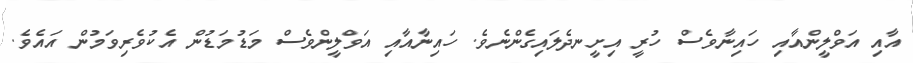
އާއި އަވްލީންއާއި ހައިނާވެސް ހުރީ އިށީނދެލައިގެންނެވެ. ހައިނާއާއި އަވްލީންވެސް މަޑުމަޑުން އެކުވެރިވަމުން އައެވެ.